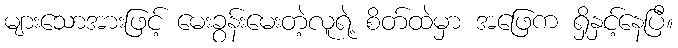
များသောအားဖြင့် မေးခွန်းမေးတဲ့လူရဲ့ စိတ်ထဲမှာ အဖြေက ရှိနှင့်နေပြီ။